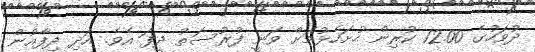
ދުވަހުގެ 12.00 ކުރިން ހުށަހެޅުމަށް ވަނީ ފުރުސަތު ދީފަ އެވެ. އަދި ދިފާއުން